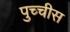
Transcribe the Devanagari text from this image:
पुच्चीस